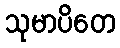
သုမာပိတေ